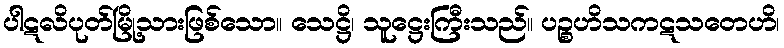
ပါဋလိပုတ်မြို့သားဖြစ်သော။ သေဋ္ဌိ၊ သူဋ္ဌေးကြီးသည်။ ပဉ္စဟိသကဋသတေဟိ၊